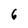
Character: 6